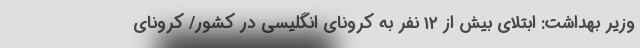
وزیر بهداشت: ابتلای بیش از ١٢ نفر به کرونای انگلیسی در کشور/ کرونای